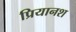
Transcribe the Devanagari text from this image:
प्रियानश